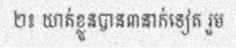
២៖ ឃាត់ខ្លួនបាន៣នាក់ទៀត រួម